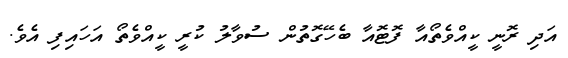
އަދި ރޮނީ ކީއްވެތޯއާ ފޮޓޮއާ ބެހޭގޮތުން ސުވާލު ކުރީ ކީއްވެތޯ އަހައިފި އެވެ.